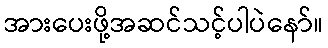
အားပေးဖို့အဆင်သင့်ပါပဲနော်။